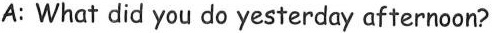
A: What did you do yesterday afternoon?